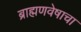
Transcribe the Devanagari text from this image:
ब्राह्मणवेषाचा